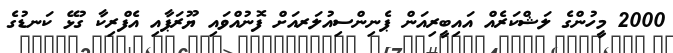
2000 މީހުންގެ ލަޝްކަރެއް އައިބީރިއަން ޕެނިންސިއުލަރއަށް ފޮނުއްވައި ޔޫރަޕާއި އެފްރިކާ ގުޅޭ ކަނޑުގެ